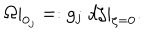
\Omega | _ { 0 _ { j } } = : g _ { j } \; d \zeta | _ { \zeta = 0 } .